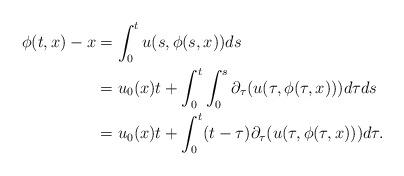
LaTeX: \begin{align*} \phi(t,x) - x & = \int_0^t u(s,\phi(s,x)) ds \\ & = u_0(x) t + \int_0^t \int_0^s \partial_{\tau} (u(\tau,\phi(\tau,x))) d\tau ds \\ & = u_0(x) t + \int_0^t (t-\tau) \partial_{\tau} ( u(\tau, \phi(\tau,x) ) ) d\tau.\end{align*}